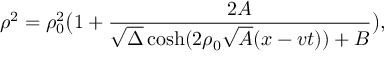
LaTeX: \rho ^ { 2 } = \rho _ { 0 } ^ { 2 } \bigl ( 1 + { \frac { 2 A } { \sqrt { \Delta } \cosh ( 2 \rho _ { 0 } \sqrt { A } ( x - v t ) ) + B } } \bigr ) ,